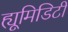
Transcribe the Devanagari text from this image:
ह्यूमिडिटी